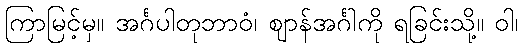
ကြာမြင့်မှ။ အင်္ဂပါတုဘာဝံ၊ ဈာန်အင်္ဂါကို ရခြင်းသို့။ ဝါ၊